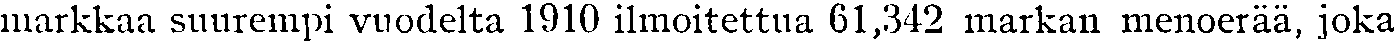
markkaa suurempi vuodelta 1910 ilmoitettua 61,342 markan menoerää, joka